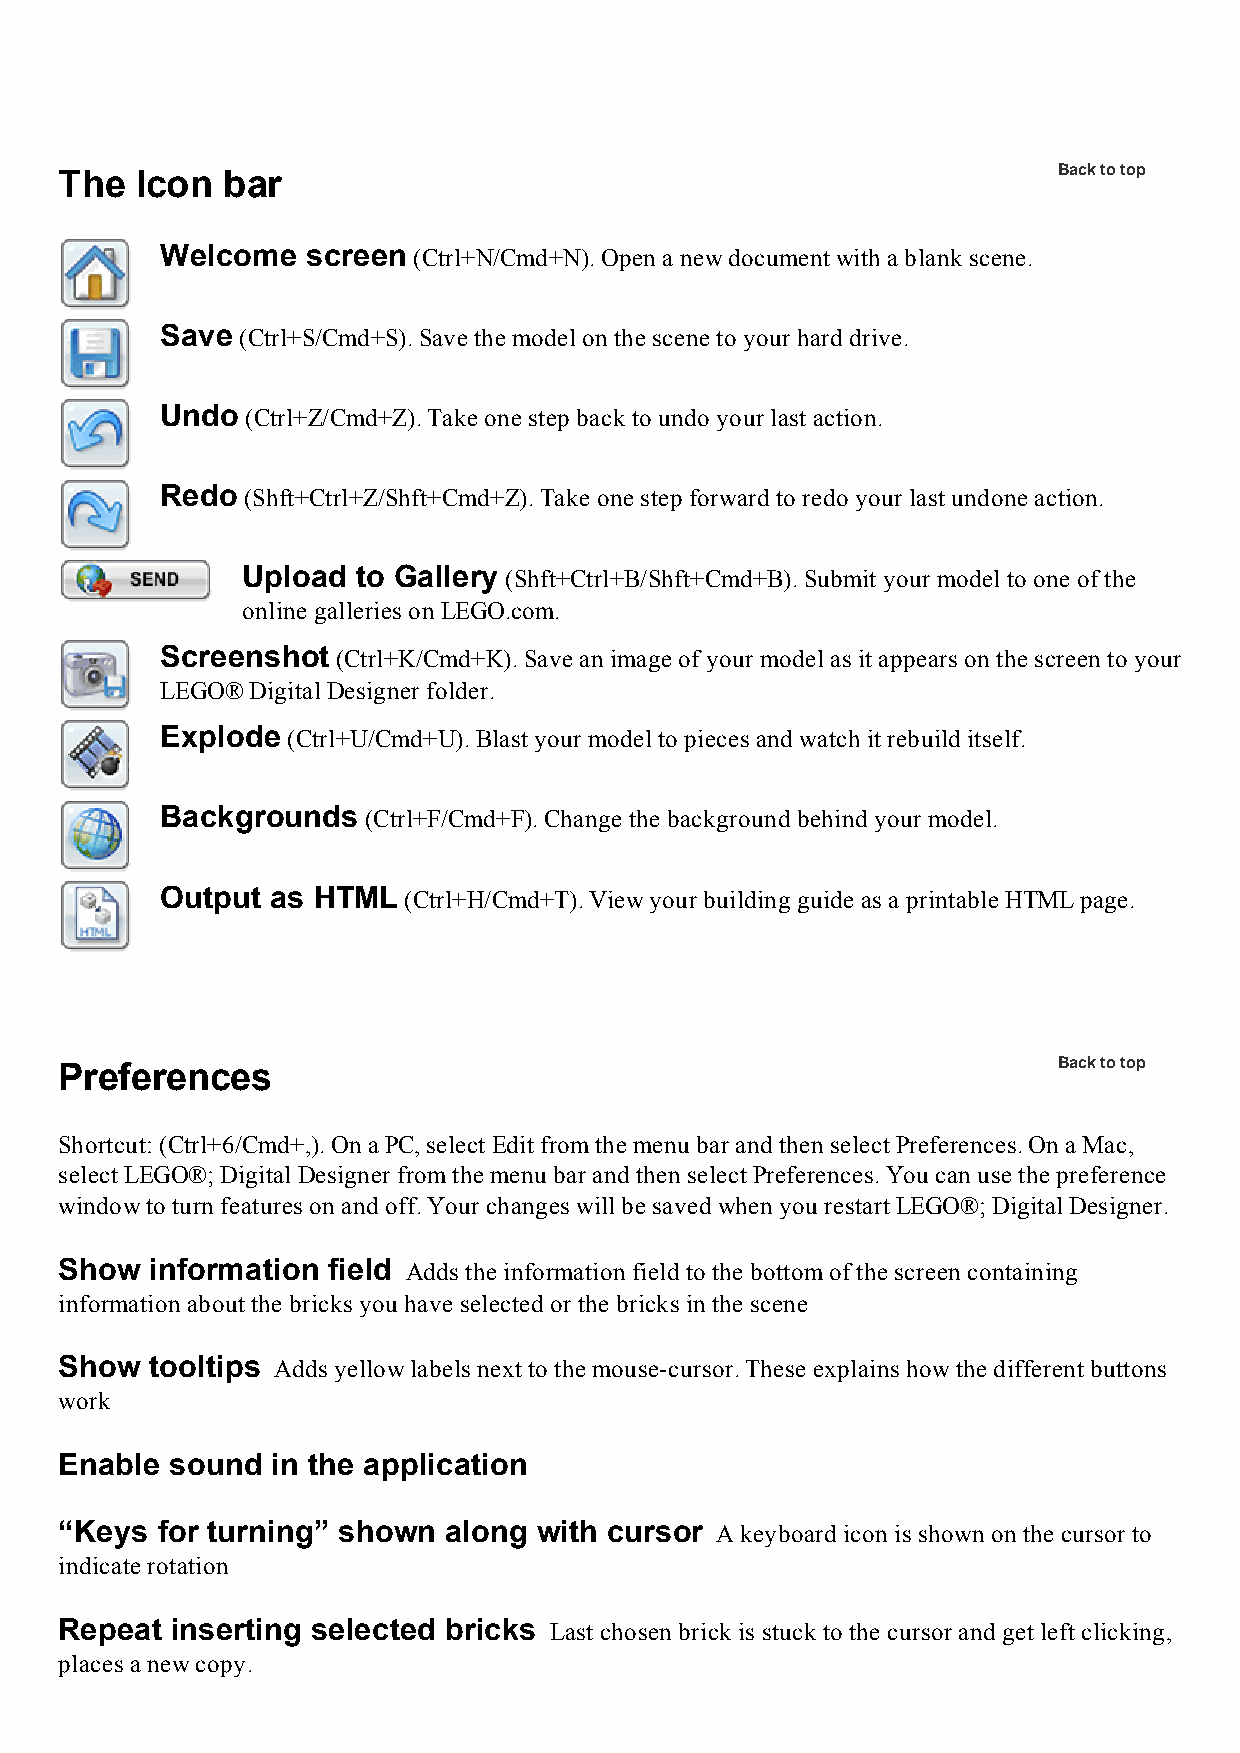
The  Icon  bar                                                    Back to top
 Welcome  screen (Ctrl+N/Cmd+N). Open a new document with a blank scene.
 Save (Ctrl+S/Cmd+S). Save the model on the scene to your hard drive.
 Undo (Ctrl+Z/Cmd+Z). Take one step back to undo your last action.
 Redo (Shft+Ctrl+Z/Shft+Cmd+Z). Take one step forward to redo your last undone action.
 Upload  to Gallery (Shft+Ctrl+B/Shft+Cmd+B). Submit your model to one of the
 online galleries on LEGO.com.
 Screenshot (Ctrl+K/Cmd+K). Save an image of your model as it appears on the screen to your
 LEGO® Digital Designer folder.
 Explode (Ctrl+U/Cmd+U). Blast your model to pieces and watch it rebuild itself.
 Backgrounds  (Ctrl+F/Cmd+F). Change the background behind your model.
 Output as HTML  (Ctrl+H/Cmd+T). View your building guide as a printable HTML page.
 Preferences                                                       Back to top
 Shortcut: (Ctrl+6/Cmd+,). On a PC, select Edit from the menu bar and then select Preferences. On a Mac,
 select LEGO®; Digital Designer from the menu bar and then select Preferences. You can use the preference
 window to turn features on and off. Your changes will be saved when you restart LEGO®; Digital Designer.
 Show  information field Adds the information field to the bottom of the screen containing
 information about the bricks you have selected or the bricks in the scene
 Show  tooltips Adds yellow labels next to the mouse­cursor. These explains how the different buttons
 work
 Enable sound  in the application
 “Keys for turning” shown along  with cursor A keyboard icon is shown on the cursor to
 indicate rotation
 Repeat inserting selected bricks Last chosen brick is stuck to the cursor and get left clicking,
 places a new copy.